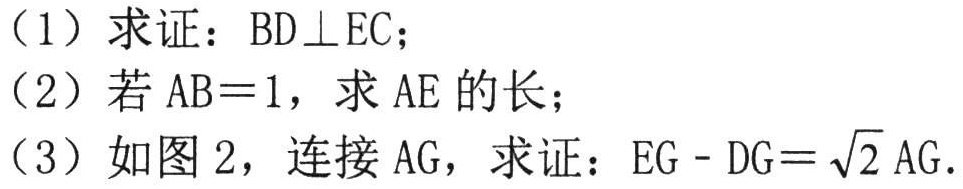
（1）求证：\(BD\perp EC\)；
（2）若\(AB = 1\)，求\(AE\)的长；
（3）如图2，连接\(AG\)，求证：\(EG - DG=\sqrt{2}AG\)．